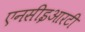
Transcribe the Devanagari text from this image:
एनसीइआरटी